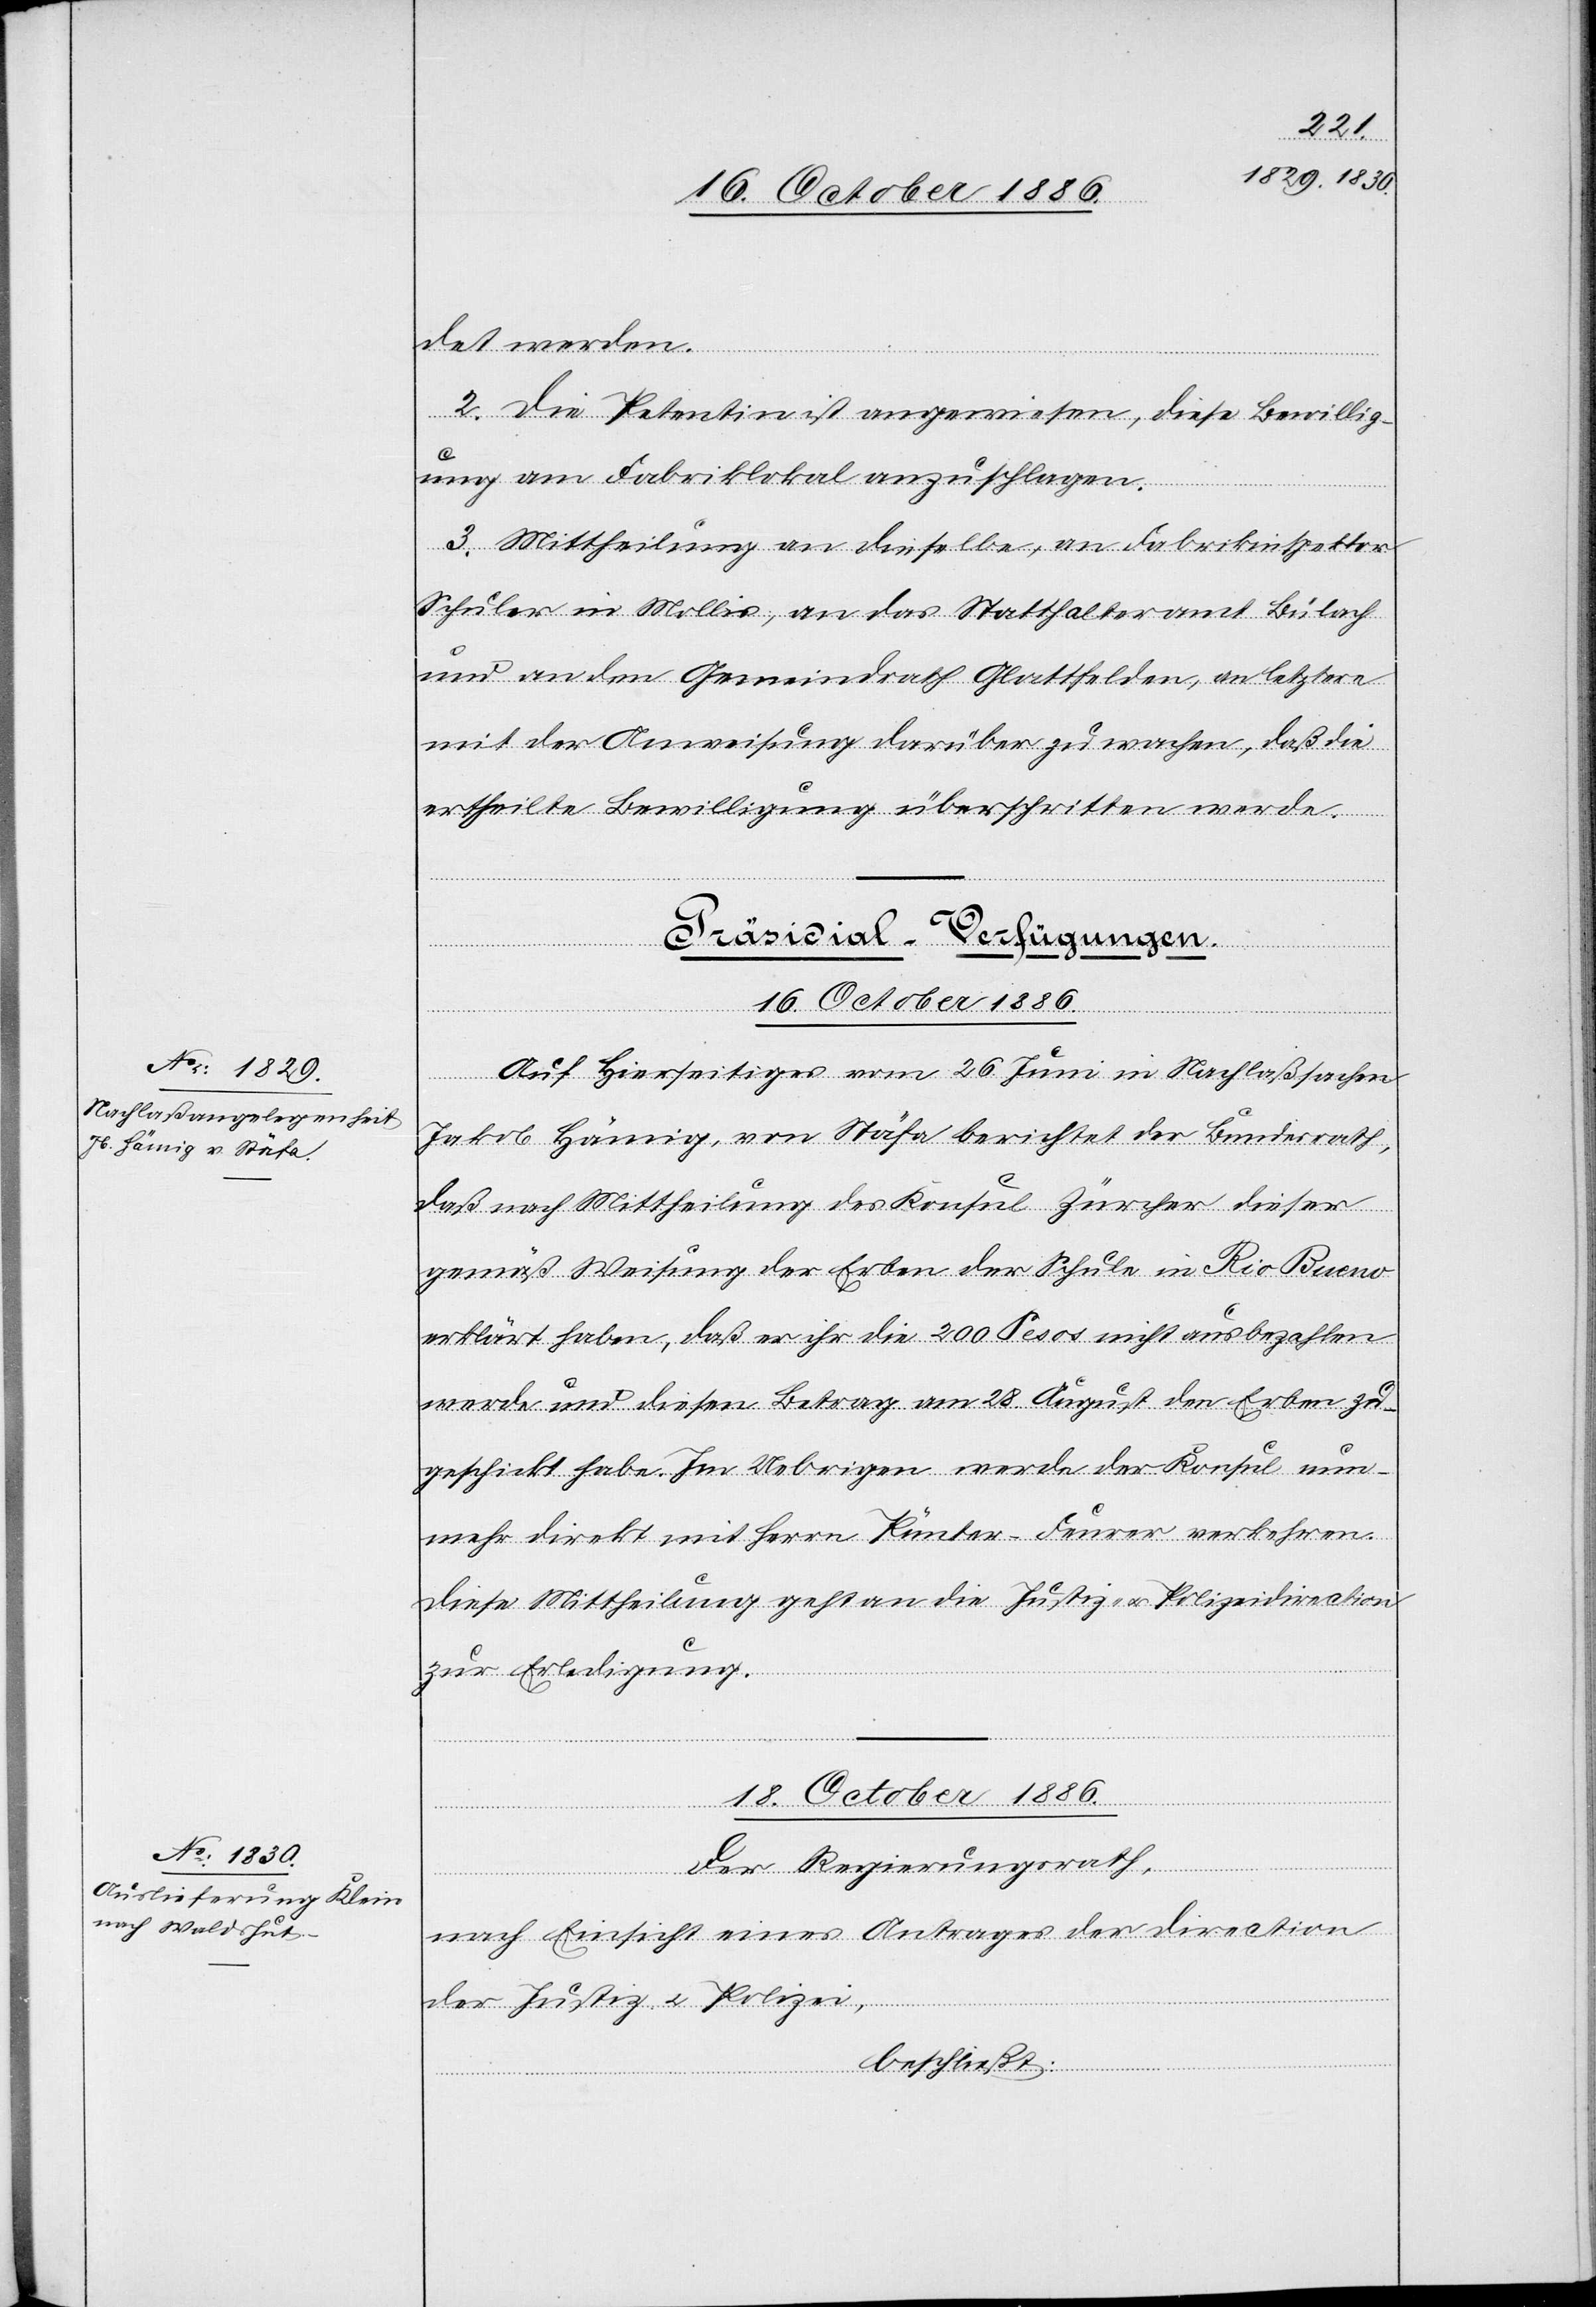
det werden.
2. Die Petentin ist angewiesen, diese Bewillig¬
ung am Fabriklokal anzuschlagen.
3. Mittheilung an dieselbe, an Fabrikinspektor
Schuler in Mollis, an das Statthalteramt Bülach
und an den Gemeindrath Glattfelden, an letztere
mit der Anweisung darüber zu wachen, daß die
ertheilte Bewilligung [nicht] überschritten werde.
Präsidial-Verfügung.
16. October 1886.
Auf Hierseitiges vom 26. Juni in Nachlaßsachen
Jakob Hämig, von Stäfa berichtet der Bundesrath,
daß nach Mittheilung des Konsul Zürcher dieser
gemäß Weisung der Erben der Schule in Rio Bueno
erklärt haben [sic!], daß er ihr die 200 Pesos nicht ausbezahlen
werde und diesen Betrag am 28. August den Erben zu¬
geschickt habe. Im Uebrigen werde der Konsul nun¬
mehr direkt mit Herrn Pünter-Feurer verkehren.
Diese Mittheilung geht an die Justiz- & Polizeidirection
zur Erledigung.
18. October 1886.
Der Regierungsrath,
nach Einsicht eines Antrages der Direction
der Justiz & Polizei,
beschließt: